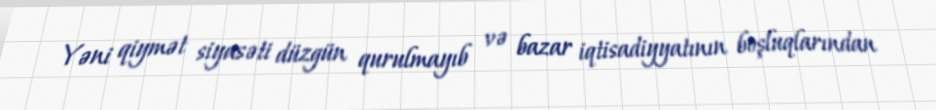
Yəni qiymət siyasəti düzgün qurulmayıb və bazar iqtisadiyyatının boşluqlarından